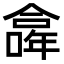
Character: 𠏎